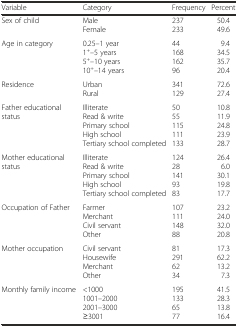
<table><thead><tr><td><b>Variable</b></td><td><b>Category</b></td><td><b>Frequency</b></td><td><b>Percent</b></td></tr></thead><tbody><tr><td>Sex of child</td><td>Male Female</td><td>237 233</td><td>50.4 49.6</td></tr><tr><td>Age in category</td><td>0.25–1 year 1<sup>+</sup>–5 years 5<sup>+</sup>–10 years 10<sup>+</sup>–14 years</td><td>44 168 162 96</td><td>9.4 34.5 35.7 20.4</td></tr><tr><td>Residence</td><td>Urban Rural</td><td>341 129</td><td>72.6 27.4</td></tr><tr><td>Father educational status</td><td>Illiterate Read &amp; write Primary school High school Tertiary school completed</td><td>50 55 115 111 133</td><td>10.8 11.9 24.8 23.9 28.7</td></tr><tr><td>Mother educational status</td><td>Illiterate Read &amp; write Primary school High school Tertiary school completed</td><td>124 28 141 93 83</td><td>26.4 6.0 30.1 19.8 17.7</td></tr><tr><td>Occupation of Father</td><td>Farmer Merchant Civil servant Other</td><td>107 111 148 88</td><td>23.2 24.0 32.0 20.8</td></tr><tr><td>Mother occupation</td><td>Civil servant Housewife Merchant Other</td><td>81 291 62 34</td><td>17.3 62.2 13.2 7.3</td></tr><tr><td>Monthly family income</td><td>&lt;1000 1001–2000 2001–3000 ≥3001</td><td>195 133 65 77</td><td>41.5 28.3 13.8 16.4</td></tr></tbody></table>